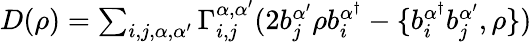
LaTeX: \begin{array}{r}{D(\rho)=\sum_{i,j,\alpha,\alpha^{\prime}}\Gamma_{i,j}^{\alpha,\alpha^{\prime}}(2b_{j}^{\alpha^{\prime}}\rho b_{i}^{\alpha^{\dagger}}-\{ b_{i}^{\alpha^{\dagger}}b_{j}^{\alpha^{\prime}},\rho\} )}\end{array}